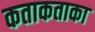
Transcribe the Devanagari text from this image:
कताकताका